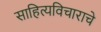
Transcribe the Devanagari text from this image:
साहित्यविचाराचे